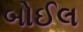
બોઈલ